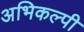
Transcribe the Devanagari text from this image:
अभिकल्पी